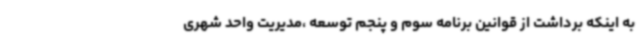
به اینکه برداشت از قوانین برنامه سوم و پنجم توسعه ،مدیریت واحد شهری